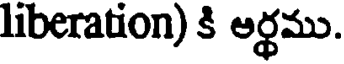
liberation) కి అర్థము.